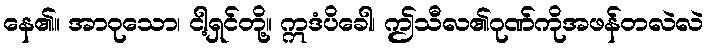
နေ၏။ အာဝုသော၊ ငါ့ရှင်တို့။ ဣဒံပိခေါ၊ ဤသီလ၏ဂုဏ်ကိုအဖန်တလဲလဲ